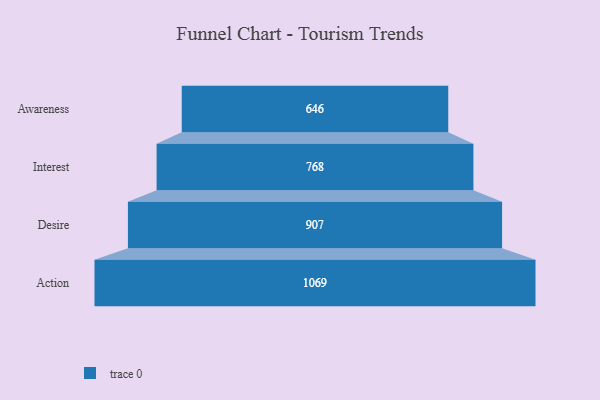
{"axis": {"x": "Stage", "y": "Value"}, "legend": [""], "data": [{"x": "Awareness", "y": 646.0, "type": ""}, {"x": "Interest", "y": 768.0, "type": ""}, {"x": "Desire", "y": 907.0, "type": ""}, {"x": "Action", "y": 1069.0, "type": ""}]}